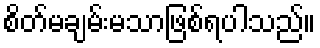
စိတ်မချမ်းမသာဖြစ်ရပါသည်။